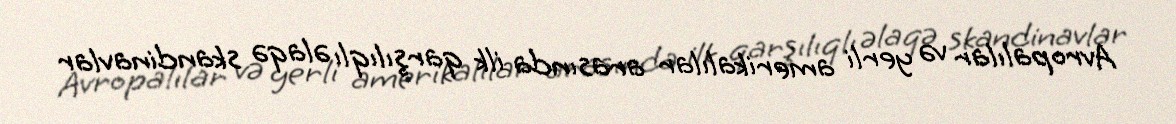
Avropalılar və yerli amerikalılar arasında ilk qarşılıqlı əlaqə skandinavlar